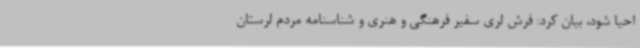
احیا شود، بیان کرد: فرش لری سفیر فرهنگی و هنری و شناسنامه مردم لرستان